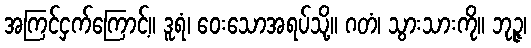
အကြင်ငှက်ကြောင့်။ ဒူရံ၊ ဝေးသောအရပ်သို့။ ဂတံ၊ သွားသားကို။ ဘုဉ္ဇ၊